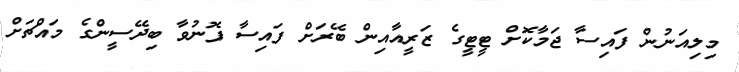
މިލިއަނުން ފައިސާ ޖަމާކޮށް ޓީޓީގެ ޒަރީއާއިން ބޭރަށް ފައިސާ ފޮނުވާ ބިދޭސީންގެ މައްޗަށް